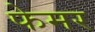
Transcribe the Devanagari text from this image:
फेमर